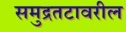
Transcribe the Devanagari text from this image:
समुद्रतटावरील